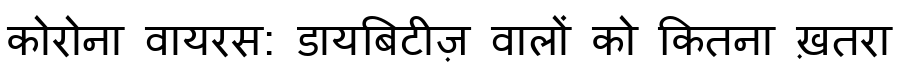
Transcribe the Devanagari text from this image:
कोरोना वायरस: डायबिटीज़ वालों को कितना ख़तरा